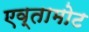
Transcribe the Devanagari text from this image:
एव्तामोट